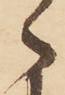
々